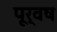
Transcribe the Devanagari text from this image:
पूर्वष